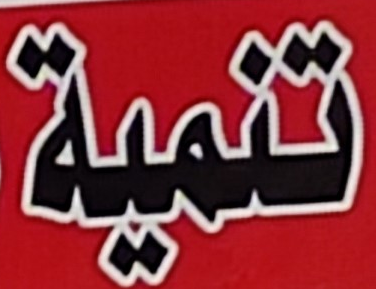
تنمية